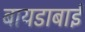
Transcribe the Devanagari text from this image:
बायडाबाई